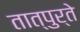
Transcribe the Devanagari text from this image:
तात्पुर्ते